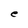
Character: e